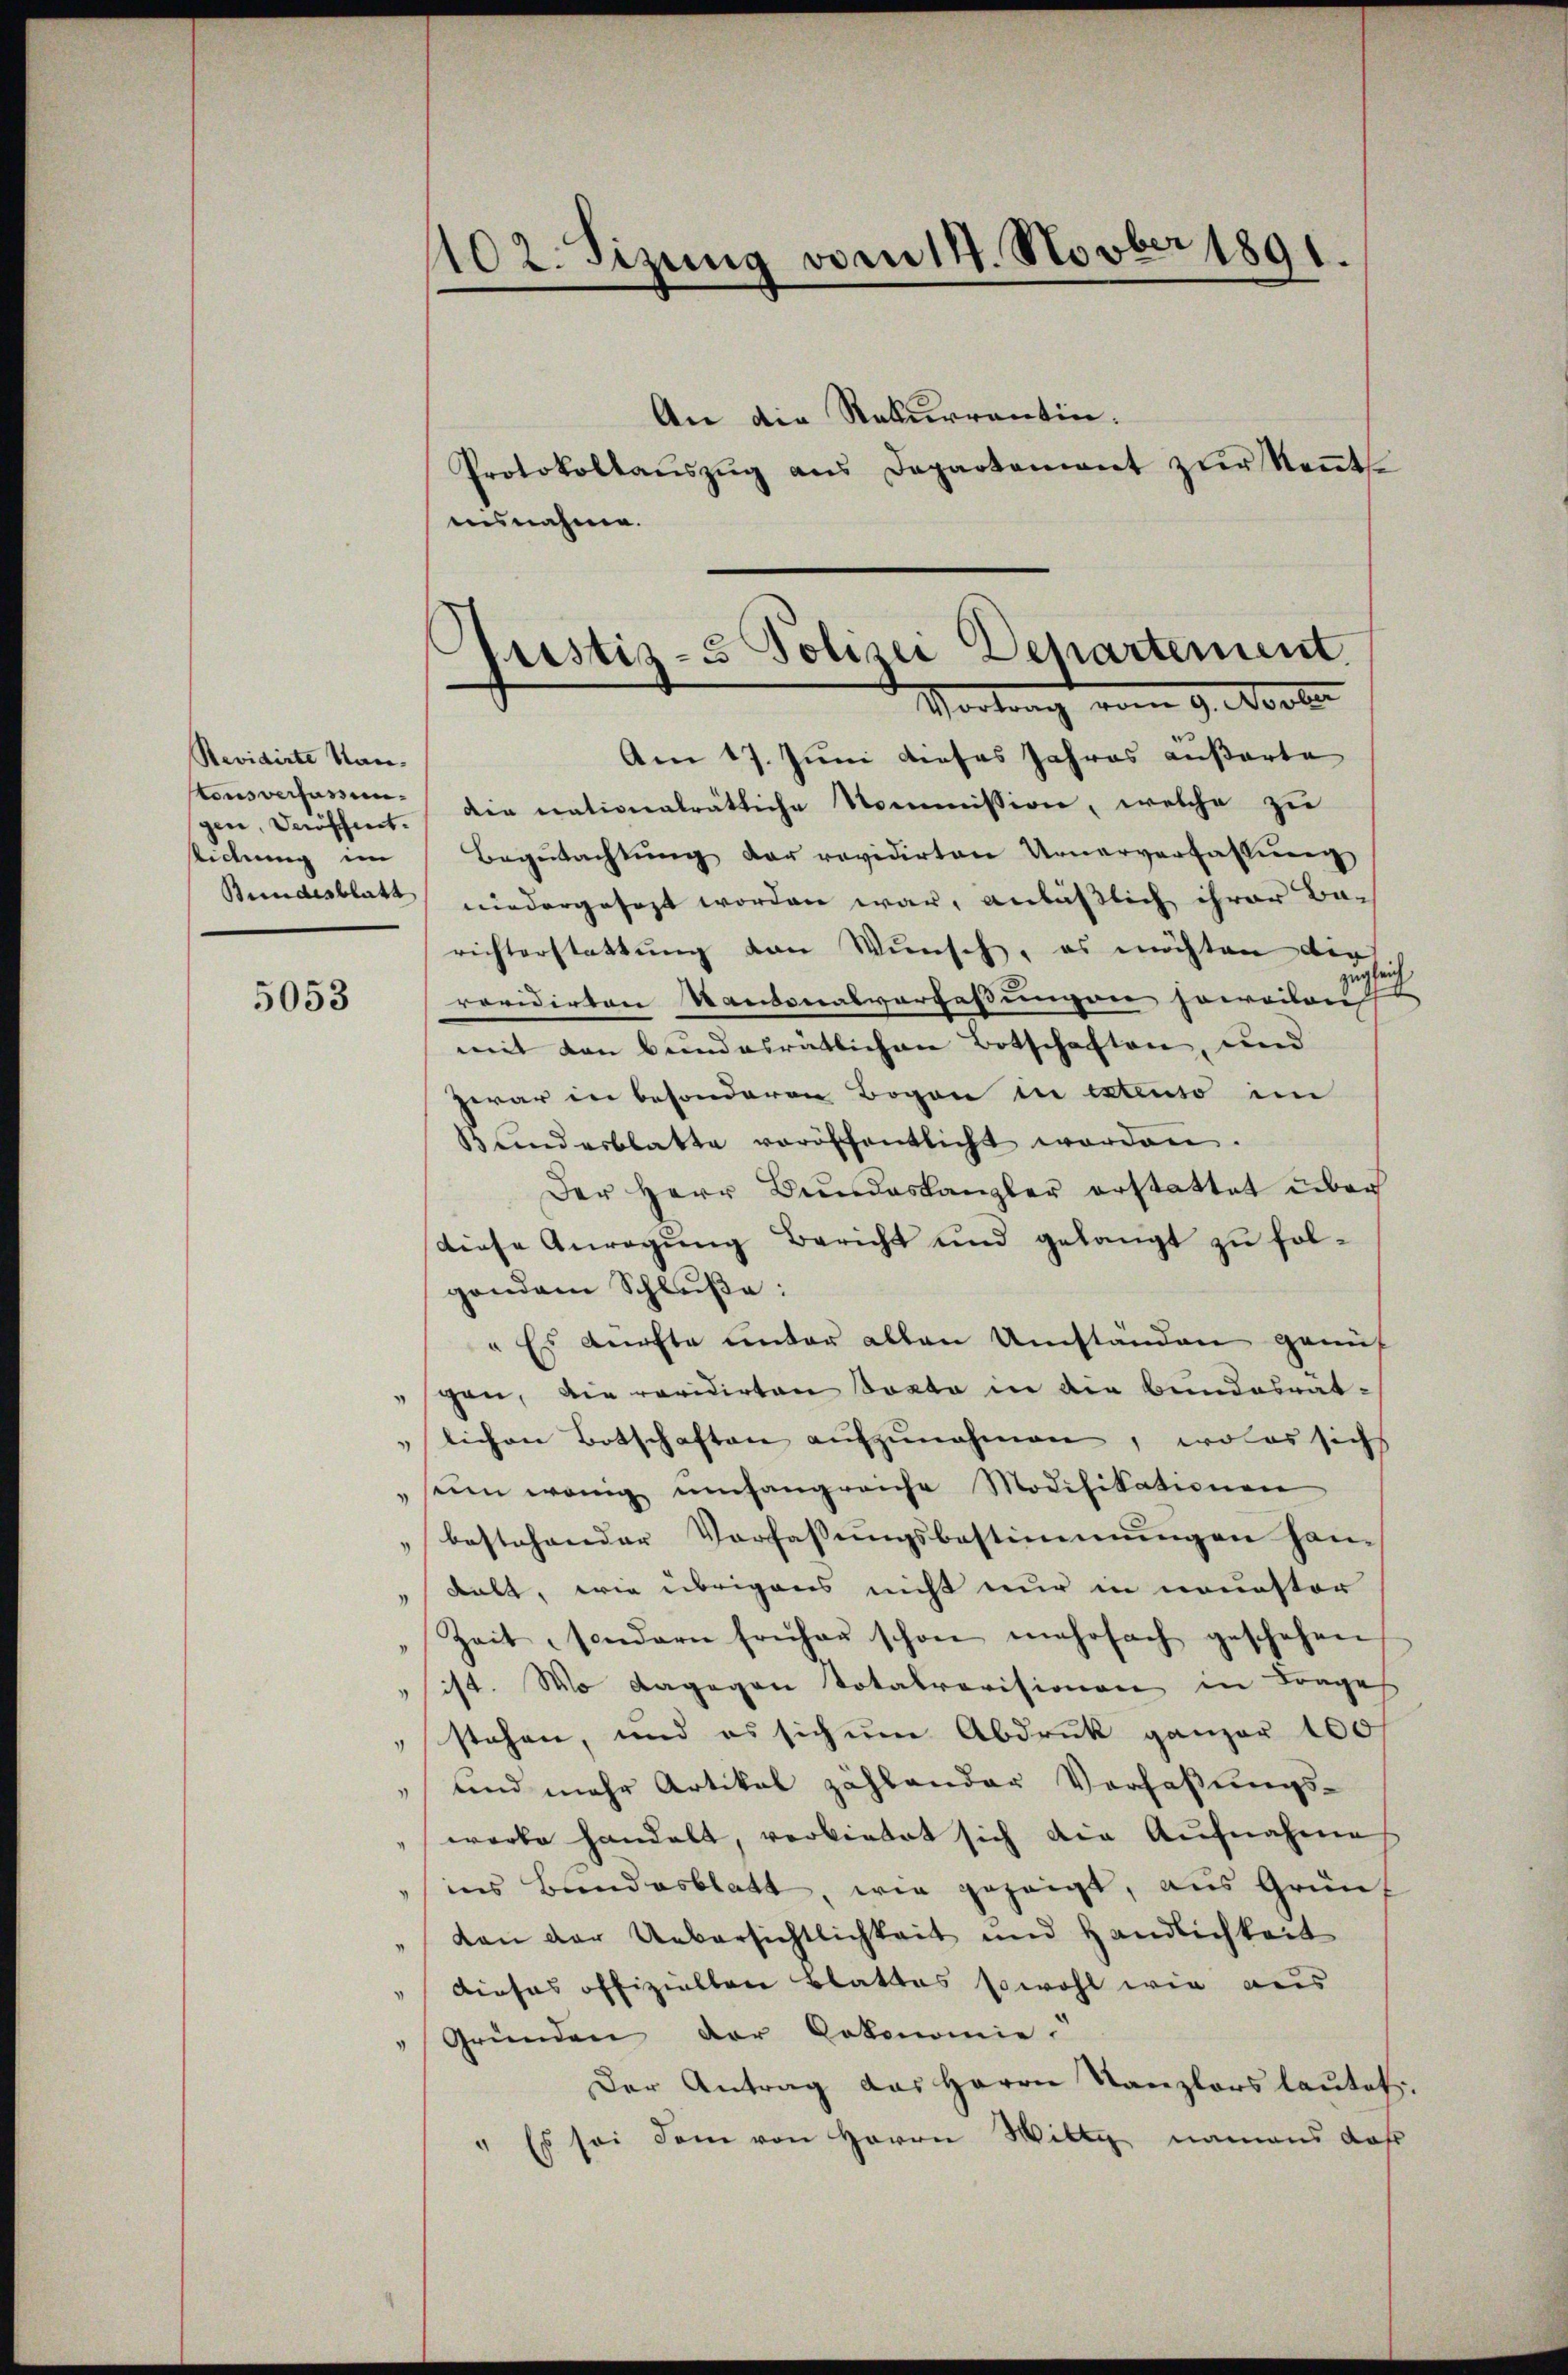
Revidirte Kan-
gen, Veröffnet.

5053

An die Rekurrentin.
Protokollaŭszŭg ans Departement zŭr Keṅt-
nisnahme.
Am 17. Juni dieses Jahres äußerte
stens versamer die nationalrätliche Kommission, welche zu
lichung im Begŭtachtŭng der revidirten Urnerverfassung
Bundesblatt niedergesezt worden war, anläßlich ihrer Ba-
richterstattŭng von Wŭnsch, es möchten die
revidirten Kantonalverfassungen soweiten s
mit den bundesrätlichen Botschaften, und
zwar in besonderen Bogen in extenso im
Bŭndesblatte veröffentlicht worden.
Der Herr Bundeskanzler erstattet über
diese Anregung Bericht und gelangt zu folgendem Schluße:
" Es dürfte unter allen Umständen genuf
gan, die revidirten Sonta in die Bundesrät-
lichen Botschaften aufzunehmen, wolas sich
" sein wenig ŭmfangreiche Modifikationen
bestehender Verfassungsbestimmungen han-
kalt, wie übrigens nicht nur in neuestor
Zeit, sondern früher schon mehrfach geschehen
ist. Wo dagegen Totalrovisionen in Frages
stehen, und es sich um Abdruck ganzer 100
" und mehr Artikel zählander Verfaßungs-
warbe handelt, verbietet sich die Aŭfnahme
ins Bundesblatt, wie gezeigt, aus Gründ
don der Uebersichtlichkeit und Händlichkeit
"Kiosas offizielten Blattas sowohl wie aus
Gründen der Gekonomie.
Der Antrag das Herrn Kanzlers lautet
Es sei dem von Herrn Willig namens daß

1102. Sizung vom 14. Novber 1891.

Justiz- & Polizei Departement.
Vortrag vom 9. Apoter